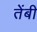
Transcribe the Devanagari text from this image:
तेंबी